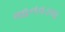
જાનવડલા